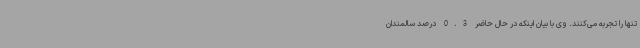
تنها را تجربه می‌کنند. وی با بیان اینکه در حال حاضر 0.3 درصد سالمندان